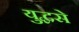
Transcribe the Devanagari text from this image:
युद्धसे